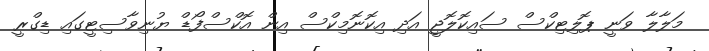
މަލާލާ ވަނީ ޕޮލިޓިކްސް ސައިކޮލޮޖީ އަދި އިކޮނޮމިކްސް އިން އޮކްސްފޯޑް ޔުނިވާސިޓީގައި ޑިގްރީ